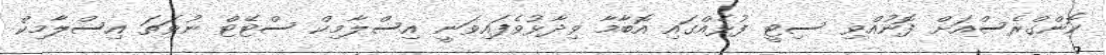
ކޮންގްރެސްއަށް ފޮނުއްވި ސިޓީ ފުޅެއްގައި އޮބާމާ ވިދާޅުވެފައިވަނީ އިސްލާމިކް ސްޓޭޓް ނުވަތަ އިސްލާމިކް